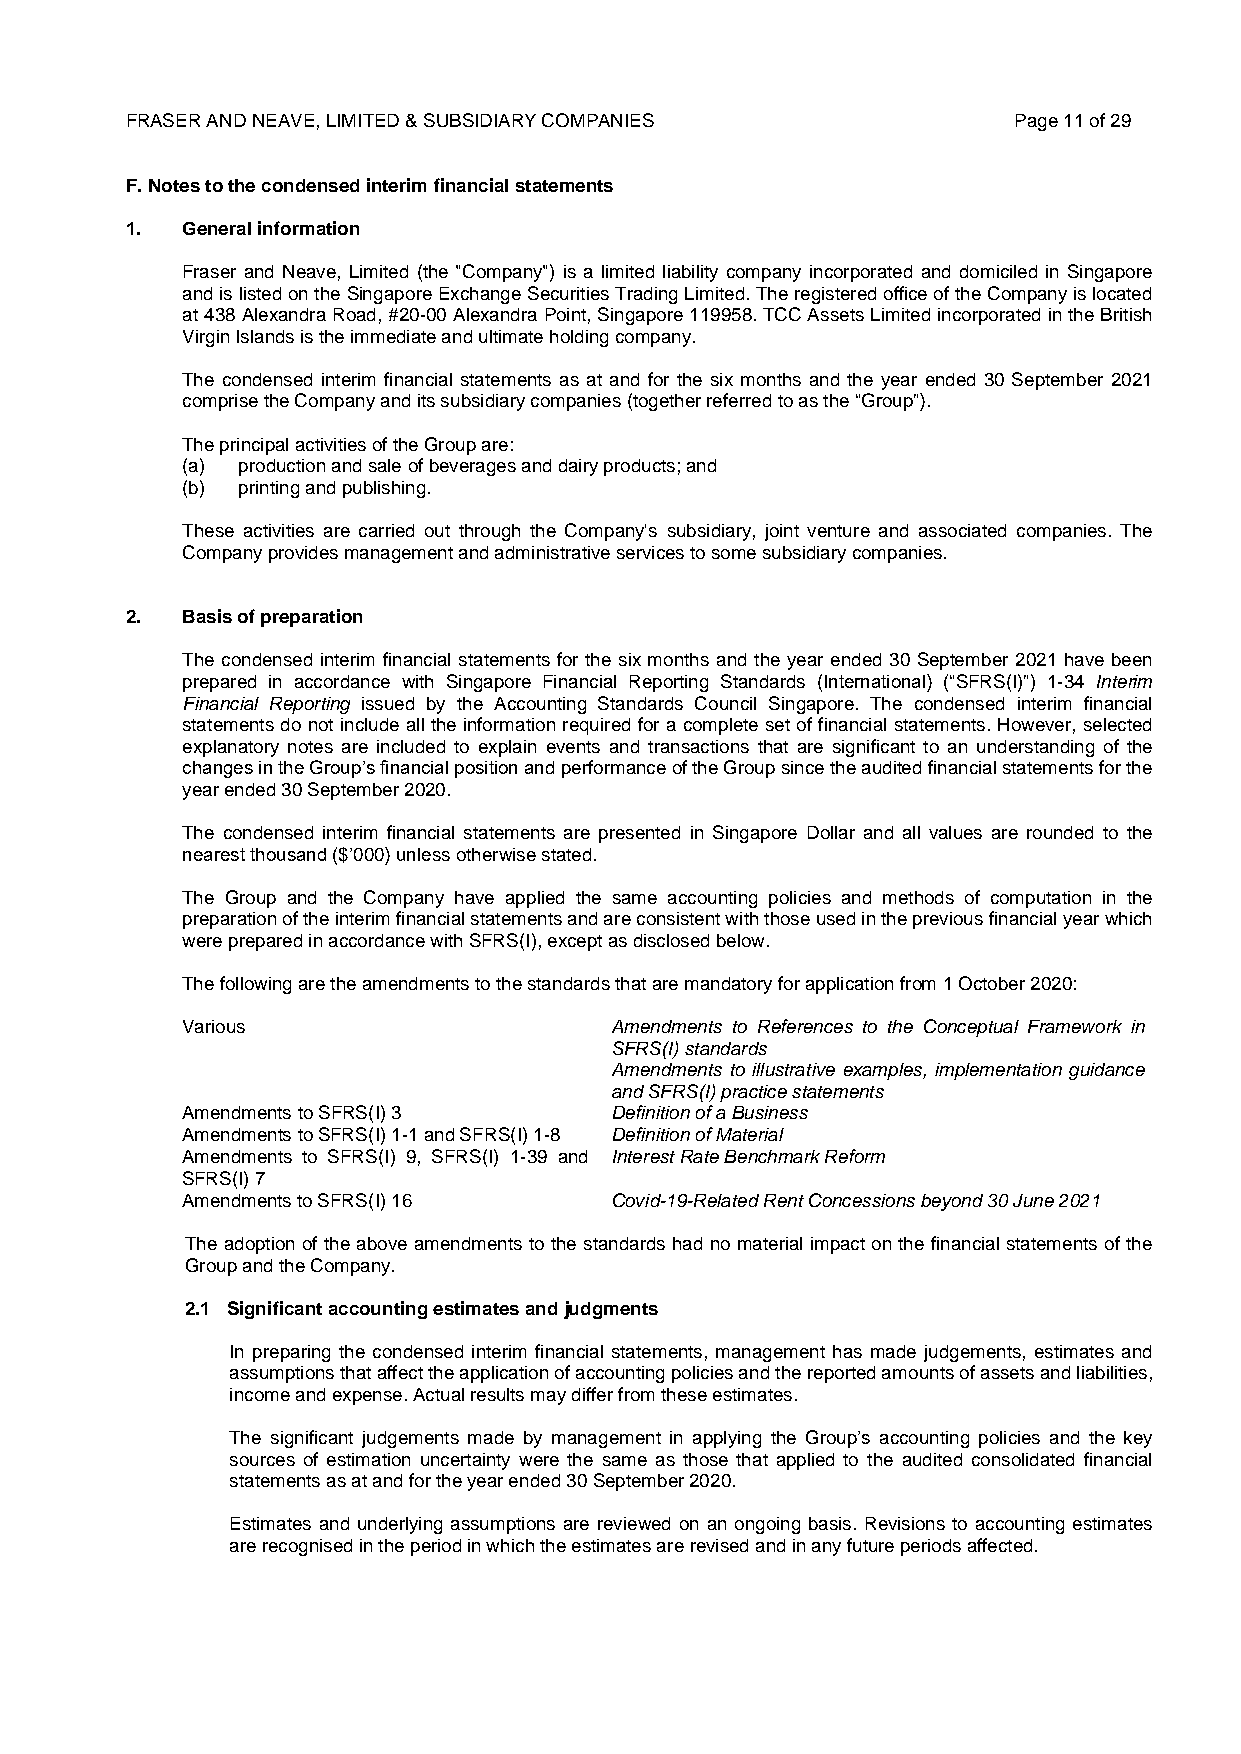
FRASER AND NEAVE, LIMITED & SUBSIDIARY COMPANIES           Page 11 of 29
 F. Notes to the condensed interim financial statements
 1.  General information
 Fraser and Neave, Limited (the "Company") is a limited liability company incorporated and domiciled in Singapore
 and is listed on the Singapore Exchange Securities Trading Limited. The registered office of the Company is located
 at 438 Alexandra Road, #20-00 Alexandra Point, Singapore 119958. TCC Assets Limited incorporated in the British
 Virgin Islands is the immediate and ultimate holding company.
 The condensed interim financial statements as at and for the six months and the year ended 30 September 2021
 comprise the Company and its subsidiary companies (together referred to as the “Group”).
 The principal activities of the Group are:
 (a) production and sale of beverages and dairy products; and
 (b) printing and publishing.
 These activities are carried out through the Company's subsidiary, joint venture and associated companies. The
 Company provides management and administrative services to some subsidiary companies.
 2.  Basis of preparation
 The condensed interim financial statements for the six months and the year ended 30 September 2021 have been
 prepared in accordance with Singapore Financial Reporting Standards (International) (“SFRS(I)”) 1-34 Interim
 Financial Reporting issued by the Accounting Standards Council Singapore. The condensed interim financial
 statements do not include all the information required for a complete set of financial statements. However, selected
 explanatory notes are included to explain events and transactions that are significant to an understanding of the
 changes in the Group’s financial position and performance of the Group since the audited financial statements for the
 year ended 30 September 2020.
 The condensed interim financial statements are presented in Singapore Dollar and all values are rounded to the
 nearest thousand ($’000) unless otherwise stated.
 The Group and the Company have applied the same accounting policies and methods of computation in the
 preparation of the interim financial statements and are consistent with those used in the previous financial year which
 were prepared in accordance with SFRS(I), except as disclosed below.
 The following are the amendments to the standards that are mandatory for application from 1 October 2020:
 Various                     Amendments to References to the Conceptual Framework in
 SFRS(I) standards
 Amendments to illustrative examples, implementation guidance
 and SFRS(I) practice statements
 Amendments to SFRS(I) 3     Definition of a Business
 Amendments to SFRS(I) 1-1 and SFRS(I) 1-8 Definition of Material
 Amendments to SFRS(I) 9, SFRS(I) 1-39 and Interest Rate Benchmark Reform
 SFRS(I) 7
 Amendments to SFRS(I) 16    Covid-19-Related Rent Concessions beyond 30 June 2021
 The adoption of the above amendments to the standards had no material impact on the financial statements of the
 Group and the Company.
 2.1 Significant accounting estimates and judgments
 In preparing the condensed interim financial statements, management has made judgements, estimates and
 assumptions that affect the application of accounting policies and the reported amounts of assets and liabilities,
 income and expense. Actual results may differ from these estimates.
 The significant judgements made by management in applying the Group’s accounting policies and the key
 sources of estimation uncertainty were the same as those that applied to the audited consolidated financial
 statements as at and for the year ended 30 September 2020.
 Estimates and underlying assumptions are reviewed on an ongoing basis. Revisions to accounting estimates
 are recognised in the period in which the estimates are revised and in any future periods affected.